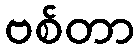
ဗစ်တာ